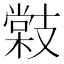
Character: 𭣜